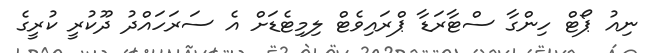
ނިއު ޕޯޓް ހިންގާ ސްޓާރަޑާ ޕްރައިވެޓް ލިމިޓެޑަށް އެ ސަރަހައްދު ދޫކުރީ ކުރީގެ